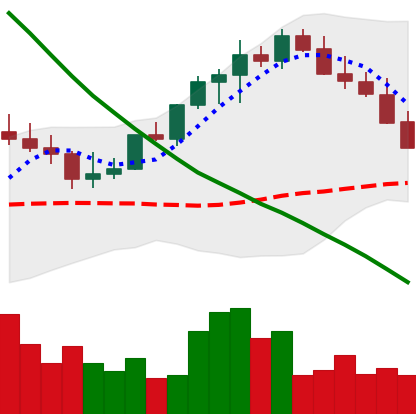
Ticker: LINK-USD
Chart end date: 2022-08-18
Forward return: -5.581%
Label: down_5_7